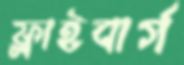
ফ্লাইবার্গ